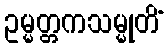
ဥမ္မတ္တကသမ္မုတိံ